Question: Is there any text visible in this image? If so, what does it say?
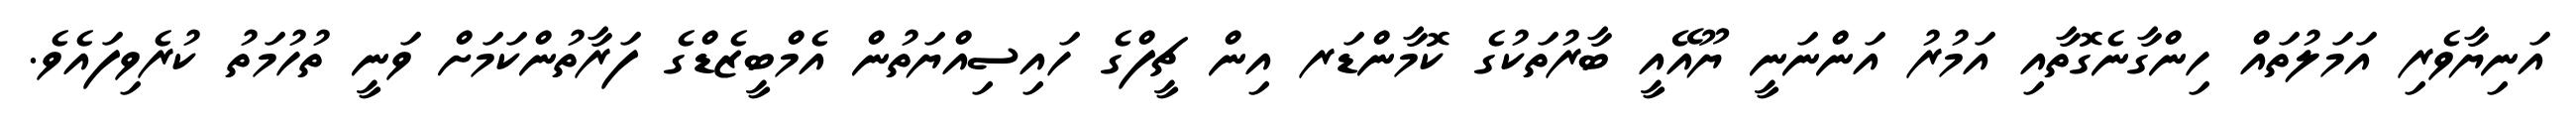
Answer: އަނިޔާވެރި އަމަލުތައް ހިންގާނެގޮތާއި އަމުރު އަންނަނީ ޔޫއޭއީ ބާރުތަކުގެ ކޮމާންޑަރ އިން ޗީފްގެ ހައިސިއްޔަތުން އެމްބީޒެޑްގެ ފަރާތުންކަމަށް ވަނީ ތުހުމަތު ކުރެވިފައެވެ.